Civil Veterinary Dept. Bombay admin report 1923-31 - 1923-1931
Year: 1923
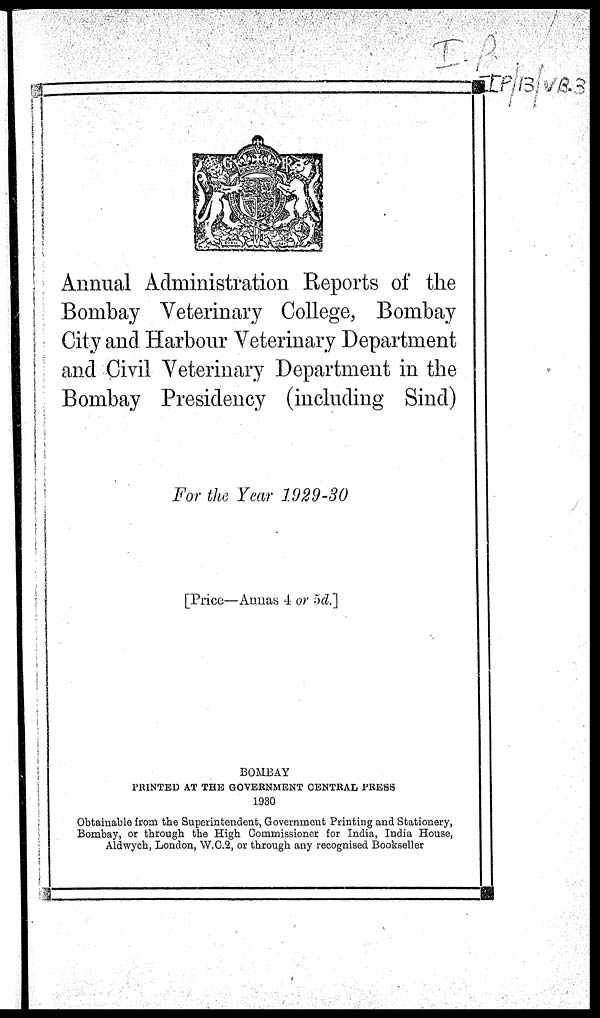
Annual Administration Reports of the
Bombay Veterinary College, Bombay
City and Harbour Veterinary Department
and Civil Veterinary Department in the
Bombay Presidency (including Sind)
For the Year 1929-30
[Price—Annas 4 or 5d.]
BOMBAY
PRINTED AT THE GOVERNMENT CENTRAL PRESS
1930
Obtainable from the Superintendent, Government Printing and Stationery,
Bombay, or through the High Commissioner for India, India House,
Aldwych, London, W.C.2, or through any recognised Bookseller